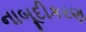
નાબૂદીકરણ